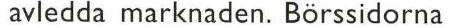
avledda marknaden. Börssidorna